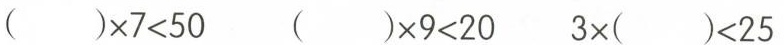
$$( ) \times 7 < 5 0$$ $$( ) \times 9 < 2 0$$ $$3 \times ( ) < 2 5$$